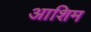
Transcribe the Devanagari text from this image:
आशिम